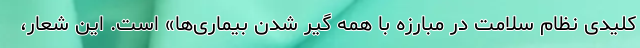
کلیدی نظام سلامت در مبارزه با همه گیر شدن بیماری‌ها» است. این شعار،